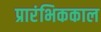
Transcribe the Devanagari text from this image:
प्रारंभिककाल